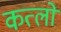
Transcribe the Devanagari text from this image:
कत्लों